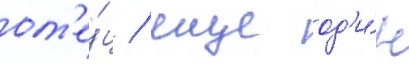
от'е́ц / еще од'и́н